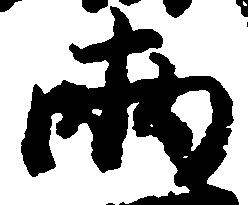
両